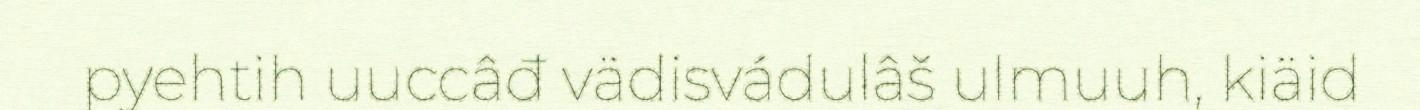
pyehtih uuccâđ vädisvádulâš ulmuuh, kiäid